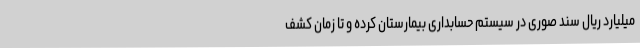
میلیارد ریال سند صوری در سیستم حسابداری بیمارستان کرده و تا زمان کشف